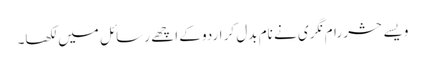
ویسے حشر رام نگری نے نام بدل کر اردو کے اچھے رسائل میں لکھا۔